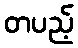
တပည့်